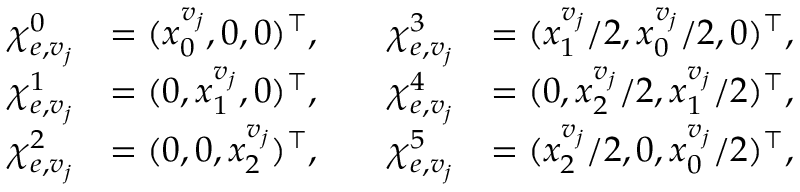
\begin{array} { r l r l } { \boldsymbol { \chi } _ { e , v _ { j } } ^ { 0 } } & { = ( x _ { 0 } ^ { v _ { j } } , 0 , 0 ) ^ { \top } , \quad } & { \boldsymbol { \chi } _ { e , v _ { j } } ^ { 3 } } & { = ( x _ { 1 } ^ { v _ { j } } / 2 , x _ { 0 } ^ { v _ { j } } / 2 , 0 ) ^ { \top } , } \\ { \boldsymbol { \chi } _ { e , v _ { j } } ^ { 1 } } & { = ( 0 , x _ { 1 } ^ { v _ { j } } , 0 ) ^ { \top } , \quad } & { \boldsymbol { \chi } _ { e , v _ { j } } ^ { 4 } } & { = ( 0 , x _ { 2 } ^ { v _ { j } } / 2 , x _ { 1 } ^ { v _ { j } } / 2 ) ^ { \top } , } \\ { \boldsymbol { \chi } _ { e , v _ { j } } ^ { 2 } } & { = ( 0 , 0 , x _ { 2 } ^ { v _ { j } } ) ^ { \top } , \quad } & { \boldsymbol { \chi } _ { e , v _ { j } } ^ { 5 } } & { = ( x _ { 2 } ^ { v _ { j } } / 2 , 0 , x _ { 0 } ^ { v _ { j } } / 2 ) ^ { \top } , } \end{array}